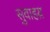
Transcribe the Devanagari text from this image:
सुवाहय़